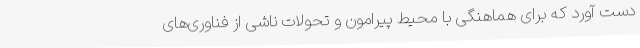
دست آورد که برای هماهنگی با محیط پیرامون و تحولات ناشی از فناوری‌های